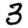
Digit: 3